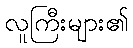
လူကြီးများ၏